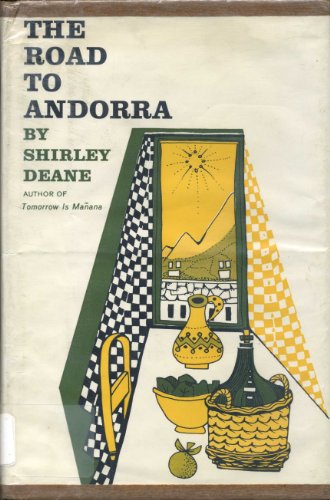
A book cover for The road to Andorra; Shirley Deane; Travel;